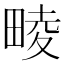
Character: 𤲪